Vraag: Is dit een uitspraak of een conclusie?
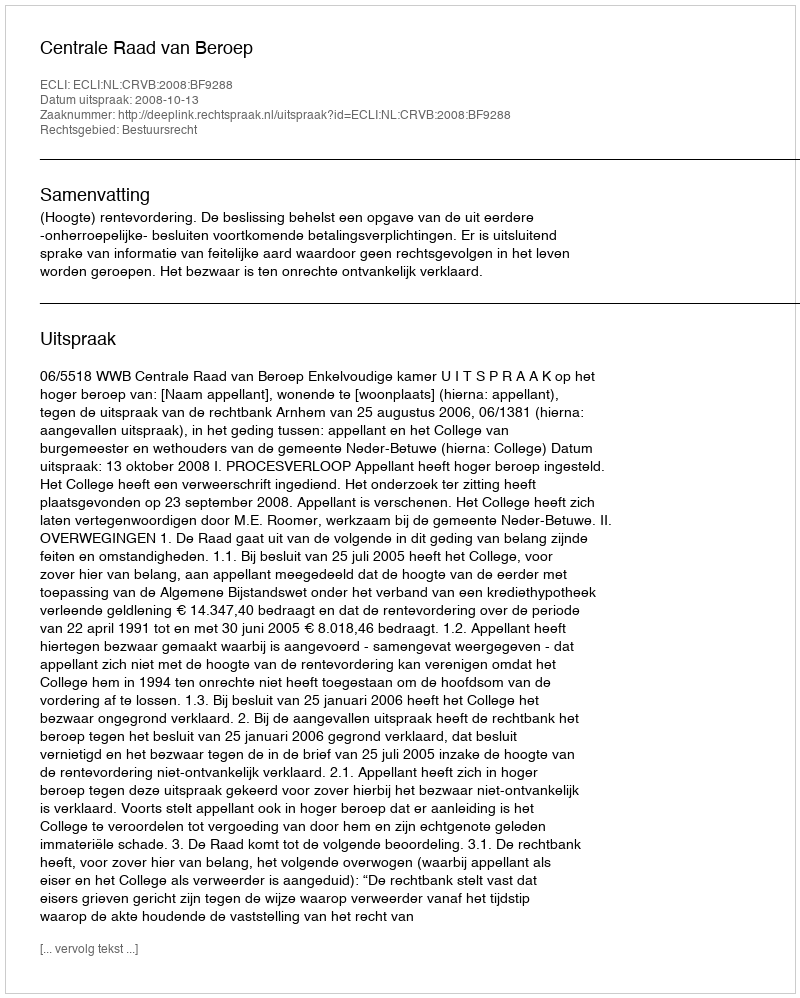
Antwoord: Uitspraak